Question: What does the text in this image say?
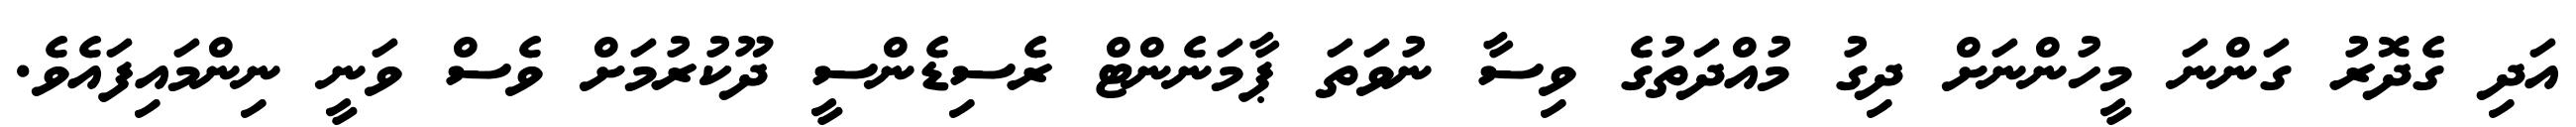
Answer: އަދި ގެދޮރު ގަންނަ މީހުންނަށް ދިގު މުއްދަތުގެ ވިސާ ނުވަތަ ޕާމަނެންޓް ރެސިޑެންސީ ދޫކުރުމަށް ވެސް ވަނީ ނިންމައިފައެވެ.